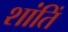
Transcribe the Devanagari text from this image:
शांतिं